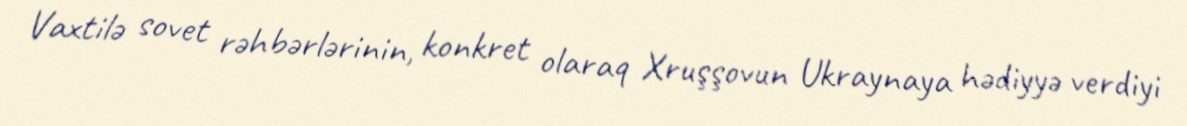
Vaxtilə sovet rəhbərlərinin, konkret olaraq Xruşşovun Ukraynaya hədiyyə verdiyi